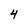
Character: 4